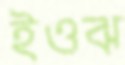
ইওঝ